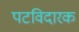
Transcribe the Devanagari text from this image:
पटविदारक